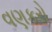
વણકરો